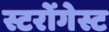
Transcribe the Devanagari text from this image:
स्टरोंगेस्ट